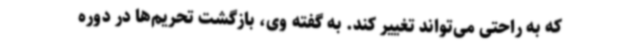
که به راحتی می‌تواند تغییر کند. به گفته وی، بازگشت تحریم‌ها در دوره